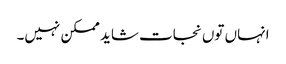
انہاں توں نجات شاید ممکن نہیں۔